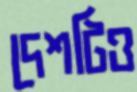
দেশটিও